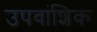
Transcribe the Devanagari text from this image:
उपवांशिक